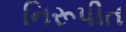
નિરૂપીત